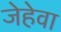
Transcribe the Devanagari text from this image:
जेहेवा